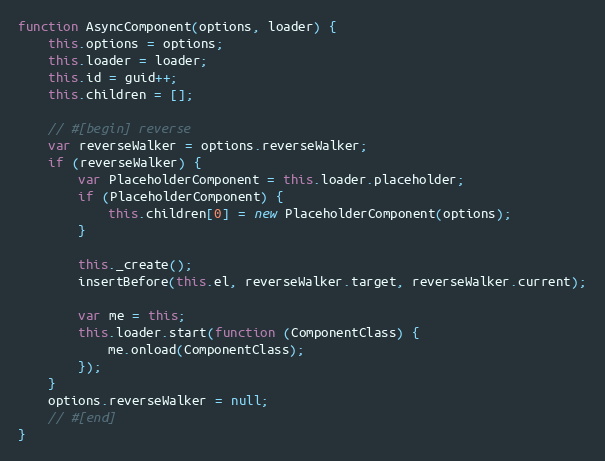
Language: JavaScript
function AsyncComponent(options, loader) {
    this.options = options;
    this.loader = loader;
    this.id = guid++;
    this.children = [];

    // #[begin] reverse
    var reverseWalker = options.reverseWalker;
    if (reverseWalker) {
        var PlaceholderComponent = this.loader.placeholder;
        if (PlaceholderComponent) {
            this.children[0] = new PlaceholderComponent(options);
        }

        this._create();
        insertBefore(this.el, reverseWalker.target, reverseWalker.current);

        var me = this;
        this.loader.start(function (ComponentClass) {
            me.onload(ComponentClass);
        });
    }
    options.reverseWalker = null;
    // #[end]
}